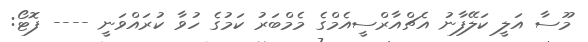
މޫސާ އަލީ ކަލޭފާނު އެޗްއާރްސީއެމްގެ މެމްބަރު ކަމުގެ ހުވާ ކުރައްވަނީ ---- ފޮޓޯ: